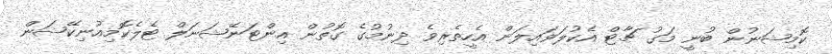
ކޮމިޝަނުން ބުނީ މަގު ޗާޓް އެކުލަވައިލަން އެހީތެރިވެ ދިނުމުގެ ގޮތުން އިންޓަނޭޝަނަލް ޓެލެކޮމިއުނިކޭޝަން